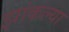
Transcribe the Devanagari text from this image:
झांकल्या